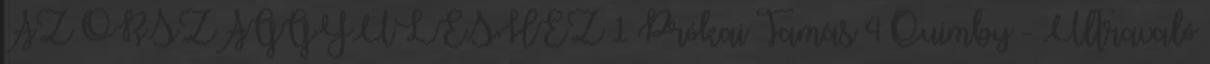
AZ ORSZÁGGYŰLÉSHEZ 1 Prókai Tamás 4 Quimby - Ultravaló